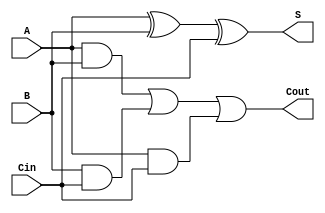
module adder_1bit(A, B, Cin, S, Cout);

input A, B, Cin;

output S, Cout;


assign S = A ^ B ^ Cin;

assign Cout = (A & B) | (B & Cin) | (A & Cin);

endmodule